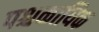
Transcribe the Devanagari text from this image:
पश्चकायिक